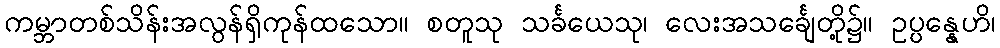
ကမ္ဘာတစ်သိန်းအလွန်ရှိကုန်ထသော။ စတူသု သင်္ခယေသု၊ လေးအသင်္ချေတို့၌။ ဥပ္ပန္နေဟိ၊